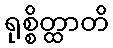
ရုစ္စိတ္ထာတိ